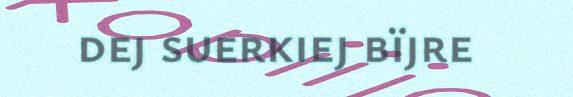
dej suerkiej bïjre